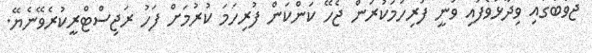
ޖަވާބުގައި ވިދާޅުވެފައި ވަނީ ފުރިހަމަކުރަން ޖެހޭ ކަންކަން ފުރިހަމަ ކުރުމަށް ފަހު ރަޖިސްޓްރީކުރެވޭނެޔޭ.